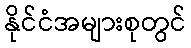
နိုင်ငံအများစုတွင်